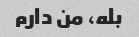
بله، من دارم